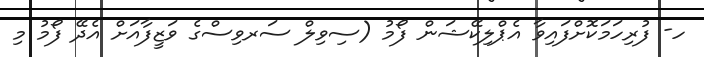
ހ- ފުރިހަމަކޮށްފައިވާ އެޕްލިކޭޝަން ފޯމު (ސިވިލް ސަރވިސްގެ ވަޒީފާއަށް އެދޭ ފޯމު މި